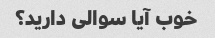
خوب آیا سوالی دارید؟